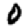
Digit: 0